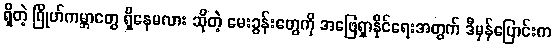
ရှိတဲ့ ဂြိုဟ်ကမ္ဘာတွေ ရှိနေမလား ဆိုတဲ့ မေးခွန်းတွေကို အဖြေရှာနိုင်ရေးအတွက် ဒီမှန်ပြောင်းက